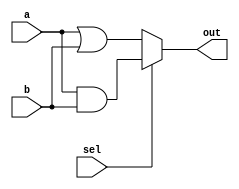
module combinational_logic (
    input wire a,         // Input signal a
    input wire b,         // Input signal b
    input wire sel,       // Input signal sel for selection
    output reg out        // Output signal out
);

// Combinational logic block
always @(*) begin
    // Logic implementation
    if (sel) begin
        out = a & b;      // AND operation if sel is high
    end else begin
        out = a | b;      // OR operation if sel is low
    end
    // No memory elements are used in this block
end

endmodule